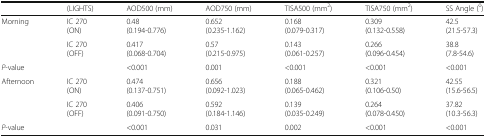
<table><thead><tr><td></td><td><b>(LIGHTS)</b></td><td><b>AOD500 (mm)</b></td><td><b>AOD750 (mm)</b></td><td><b>TISA500 (mm<sup>2</sup>)</b></td><td><b>TISA750 (mm<sup>2</sup>)</b></td><td><b>SS Angle (<sup>0</sup>)</b></td></tr></thead><tbody><tr><td rowspan="2">Morning</td><td>IC 270(ON)</td><td>0.48(0.194-0.776)</td><td>0.652(0.235-1.162)</td><td>0.168(0.079-0.317)</td><td>0.309(0.132-0.558)</td><td>42.5(21.5-57.3)</td></tr><tr><td>IC 270(OFF)</td><td>0.417(0.068-0.704)</td><td>0.57(0.215-0.975)</td><td>0.143(0.061-0.257)</td><td>0.266(0.096-0.454)</td><td>38.8(7.8-54.6)</td></tr><tr><td><i>P</i>-value</td><td></td><td>&lt;0.001</td><td>0.001</td><td>&lt;0.001</td><td>&lt;0.001</td><td>&lt;0.001</td></tr><tr><td rowspan="2">Afternoon</td><td>IC 270(ON)</td><td>0.474(0.137-0.751)</td><td>0.656(0.092-1.023)</td><td>0.188(0.065-0.462)</td><td>0.321(0.106-0.50)</td><td>42.55(15.6-56.5)</td></tr><tr><td>IC 270(OFF)</td><td>0.406(0.091-0.750)</td><td>0.592(0.184-1.146)</td><td>0.139(0.035-0.249)</td><td>0.264(0.078-0.450)</td><td>37.82(10.3-56.3)</td></tr><tr><td><i>P</i>-value</td><td></td><td>&lt;0.001</td><td>0.031</td><td>0.002</td><td>&lt;0.001</td><td>&lt;0.001</td></tr></tbody></table>